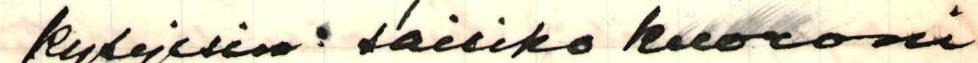
kysyisin: saisiko kuoroni